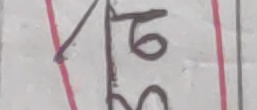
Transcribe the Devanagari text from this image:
१७३